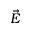
\Vec { E }